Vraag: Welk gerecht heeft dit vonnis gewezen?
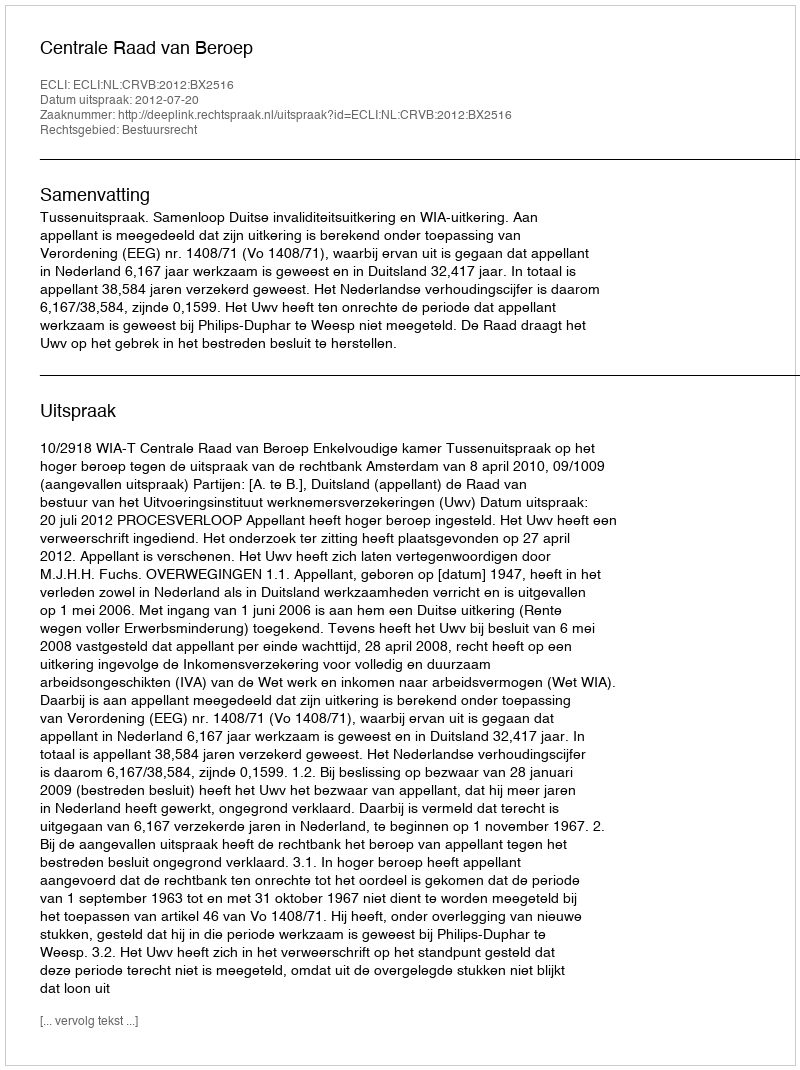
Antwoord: Centrale Raad van Beroep